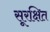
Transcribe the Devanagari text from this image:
सूरक्षित